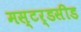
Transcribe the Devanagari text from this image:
मस्टर्डसीड